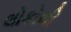
લોકોથી